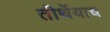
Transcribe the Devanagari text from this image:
तीर्थेयाच